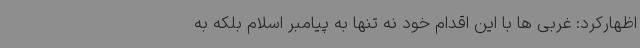
اظهارکرد: غربی ها با این اقدام خود نه تنها به پیامبر اسلام بلکه به